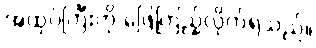
အထုပ်ကြီးကို ဖြေကြည့်လိုက်ရသည်။